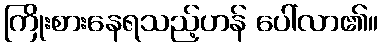
ကြိုးစားနေရသည့်ဟန် ပေါ်လာ၏။